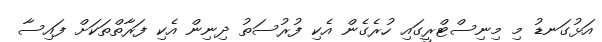
އަޅުގަނޑު މި މިނިސްޓްރީގައި ހުރެގެން އެކި ފުރުސަތު ދިނިން އެކި ފަރާތްތަކަށް ފައިސާ